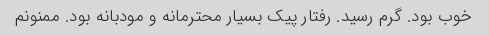
خوب بود. گرم رسید. رفتار پیک بسیار محترمانه و مودبانه بود. ممنونم